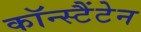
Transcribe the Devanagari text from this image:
कॉन्स्टैंटेन